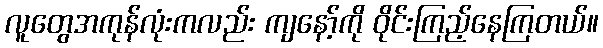
လူတွေအကုန်လုံးကလည်း ကျနော့်ကို ဝိုင်းကြည့်နေကြတယ်။